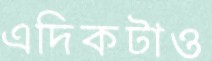
এদিকটাও